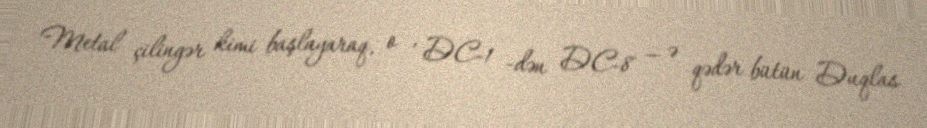
Metal çilingər kimi başlayaraq, o , DC-1 -dən DC-8 — ə qədər bütün Duqlas